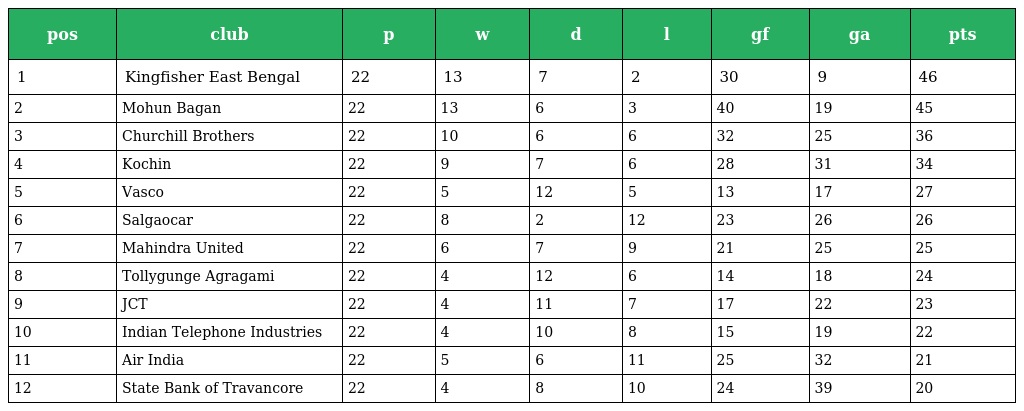
| pos | club | p | w | d | l | gf | ga | pts |
 | --- | --- | --- | --- | --- | --- | --- | --- | --- |
 | 1 | Kingfisher East Bengal | 22 | 13 | 7 | 2 | 30 | 9 | 46 |
 | 2 | Mohun Bagan | 22 | 13 | 6 | 3 | 40 | 19 | 45 |
 | 3 | Churchill Brothers | 22 | 10 | 6 | 6 | 32 | 25 | 36 |
 | 4 | Kochin | 22 | 9 | 7 | 6 | 28 | 31 | 34 |
 | 5 | Vasco | 22 | 5 | 12 | 5 | 13 | 17 | 27 |
 | 6 | Salgaocar | 22 | 8 | 2 | 12 | 23 | 26 | 26 |
 | 7 | Mahindra United | 22 | 6 | 7 | 9 | 21 | 25 | 25 |
 | 8 | Tollygunge Agragami | 22 | 4 | 12 | 6 | 14 | 18 | 24 |
 | 9 | JCT | 22 | 4 | 11 | 7 | 17 | 22 | 23 |
 | 10 | Indian Telephone Industries | 22 | 4 | 10 | 8 | 15 | 19 | 22 |
 | 11 | Air India | 22 | 5 | 6 | 11 | 25 | 32 | 21 |
 | 12 | State Bank of Travancore | 22 | 4 | 8 | 10 | 24 | 39 | 20 |